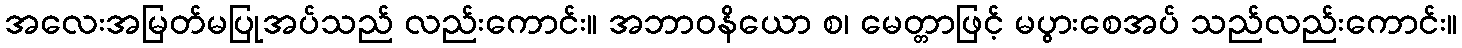
အလေးအမြတ်မပြုအပ်သည် လည်းကောင်း။ အဘာဝနိယော စ၊ မေတ္တာဖြင့် မပွားစေအပ် သည်လည်းကောင်း။